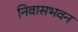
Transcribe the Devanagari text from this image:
निवासभवन